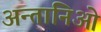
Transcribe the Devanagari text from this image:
अन्तानिओ